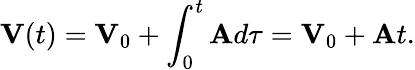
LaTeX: \mathbf{V}(t)=\mathbf{V}_{0}+\int_{0}^{t}\mathbf{A}d\tau=\mathbf{V}_{0}+\mathbf{A}t.